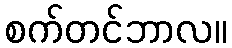
စက်တင်ဘာလ။